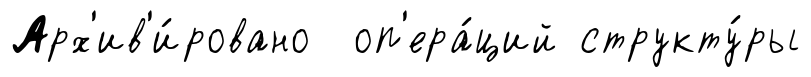
Арх'ив'и́ровано оп'ера́ций структу́ры